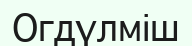
Огдүлміш